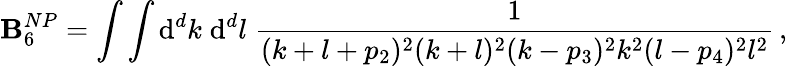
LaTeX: \mathbf{B}_{6}^{NP}=\int\int\mathrm{{d}}^{d}k\; \mathrm{{d}}^{d}l\; \frac{{1}}{{(k+l+p_{2})^{2}(k+l)^{2}(k-p_{3})^{2}k^{2}(l-p_{4})^{2}l^{2}}}\, ,